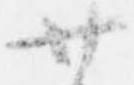
廿